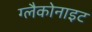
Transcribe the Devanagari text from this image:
ग्लैकोनाइट